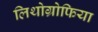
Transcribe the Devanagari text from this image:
लिथोग्रोफिया